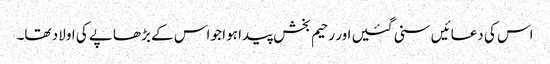
اس کی دعائیں سنی گئیں اور رحیم بخش پیدا ہوا جو اس کے بڑھاپے کی اولاد تھا۔